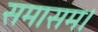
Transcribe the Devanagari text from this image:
समासम।